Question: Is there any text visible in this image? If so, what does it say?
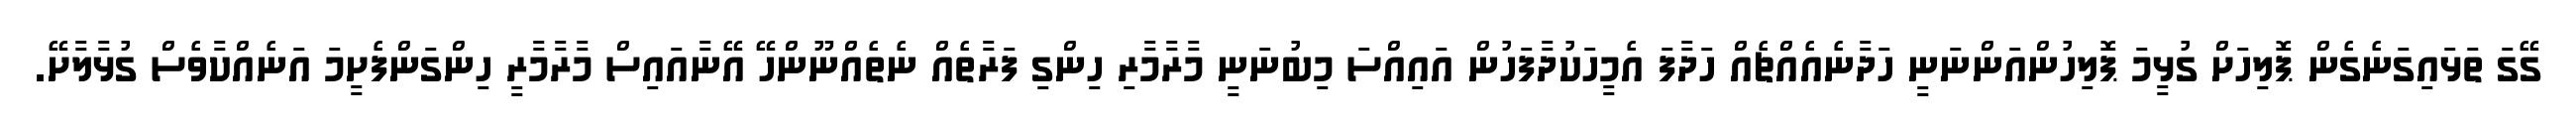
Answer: ގޭގަ ތަޅައިގަނެގެން ޕޮލިހަށް ގުޅީމަ ޕޮލިހުންއަންނަނީ ހަދާނެއެއްޗެއް ހަދާފަ އެމީހަކުދާފަހުން އައިއްސަ މިބުނަނީ މާރާމާރި ހިންގި ފަރާތެއް ނެތެއްނޫންހޭ އޭނާއައިސް މާރާމާރީ ހިންގަންފެށީމަ އަނެއްކާވެސް ގުޅާލާށޭ.